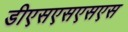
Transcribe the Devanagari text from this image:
डीएसएसएसएस